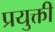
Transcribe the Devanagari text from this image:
प्रयुक्ती